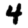
Digit: 4